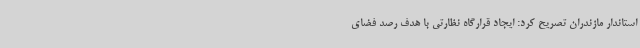
استاندار مازندران تصریح کرد: ایجاد قرارگاه نظارتی با هدف رصد فضای